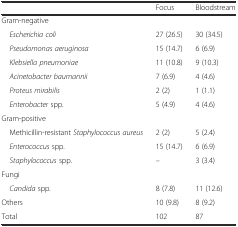
<table><thead><tr><td></td><td><b>Focus</b></td><td><b>Bloodstream</b></td></tr></thead><tbody><tr><td colspan="3">Gram-negative</td></tr><tr><td> <i>Escherichia coli</i></td><td>27 (26.5)</td><td>30 (34.5)</td></tr><tr><td> <i>Pseudomonas aeruginosa</i></td><td>15 (14.7)</td><td>6 (6.9)</td></tr><tr><td> <i>Klebsiella pneumoniae</i></td><td>11 (10.8)</td><td>9 (10.3)</td></tr><tr><td> <i>Acinetobacter baumannii</i></td><td>7 (6.9)</td><td>4 (4.6)</td></tr><tr><td> <i>Proteus mirabilis</i></td><td>2 (2)</td><td>1 (1.1)</td></tr><tr><td> <i>Enterobacter</i> spp.</td><td>5 (4.9)</td><td>4 (4.6)</td></tr><tr><td colspan="3">Gram-positive</td></tr><tr><td> Methicillin-resistant <i>Staphylococcus aureus</i></td><td>2 (2)</td><td>5 (2.4)</td></tr><tr><td> <i>Enterococcus</i> spp.</td><td>15 (14.7)</td><td>6 (6.9)</td></tr><tr><td> <i>Staphylococcus</i> spp.</td><td>–</td><td>3 (3.4)</td></tr><tr><td colspan="3">Fungi</td></tr><tr><td> <i>Candida</i> spp.</td><td>8 (7.8)</td><td>11 (12.6)</td></tr><tr><td>Others</td><td>10 (9.8)</td><td>8 (9.2)</td></tr><tr><td>Total</td><td>102</td><td>87</td></tr></tbody></table>